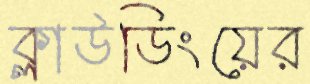
ক্লাউডিংয়ের